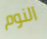
النوم